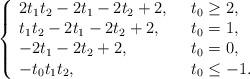
LaTeX: \begin{align*}\left\{ \begin{array}{ll} 2t_{1}t_{2}-2t_{1}-2t_{2}+2, & ~~ t_{0}\geq 2,\\ t_{1}t_{2}-2t_{1}-2t_{2}+2, & ~~ t_{0}=1,\\ -2t_{1}-2t_{2}+2, & ~~ t_0=0,\\-t_{0}t_{1}t_{2}, & ~~ t_0\leq-1.\end{array}\right.\end{align*}